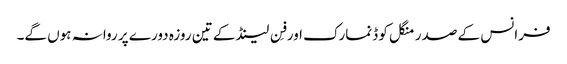
فرانس کے صدر منگل کو ڈنمارک اور فِن لینڈ کے تین روزہ دورے پر روانہ ہوں گے۔